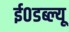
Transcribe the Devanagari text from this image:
ई०डब्ल्यू